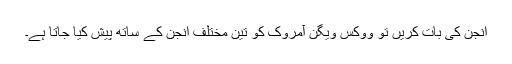
انجن کی بات کریں تو ووکس ویگن آمروک کو تین مختلف انجن کے ساتھ پیش کیا جاتا ہے۔